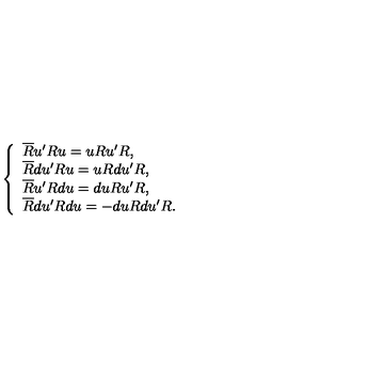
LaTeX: \left\{ \begin{array} { l } { \overline { { R } } u ^ { \prime } R u = u R u ^ { \prime } R , } \\ { \overline { { R } } d u ^ { \prime } R u = u R d u ^ { \prime } R , } \\ { \overline { { R } } u ^ { \prime } R d u = d u R u ^ { \prime } R , } \\ { \overline { { R } } d u ^ { \prime } R d u = - d u R d u ^ { \prime } R . } \\ \end{array} \right.